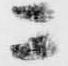
ニ